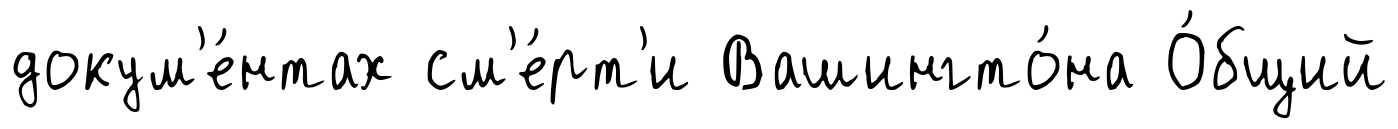
докум'е́нтах см'е́рт'и Вашингто́на О́бщий